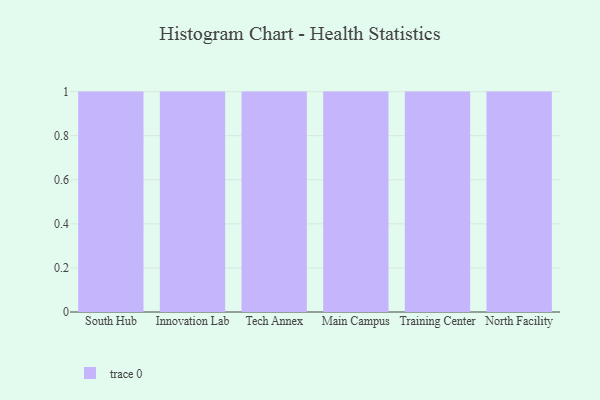
{"axis": {"x": "Campus", "y": "Active Users"}, "legend": [""], "data": [{"x": "South Hub", "y": 89, "type": ""}, {"x": "Innovation Lab", "y": 50, "type": ""}, {"x": "Tech Annex", "y": 26, "type": ""}, {"x": "Main Campus", "y": 51, "type": ""}, {"x": "Training Center", "y": 16, "type": ""}, {"x": "North Facility", "y": 24, "type": ""}]}